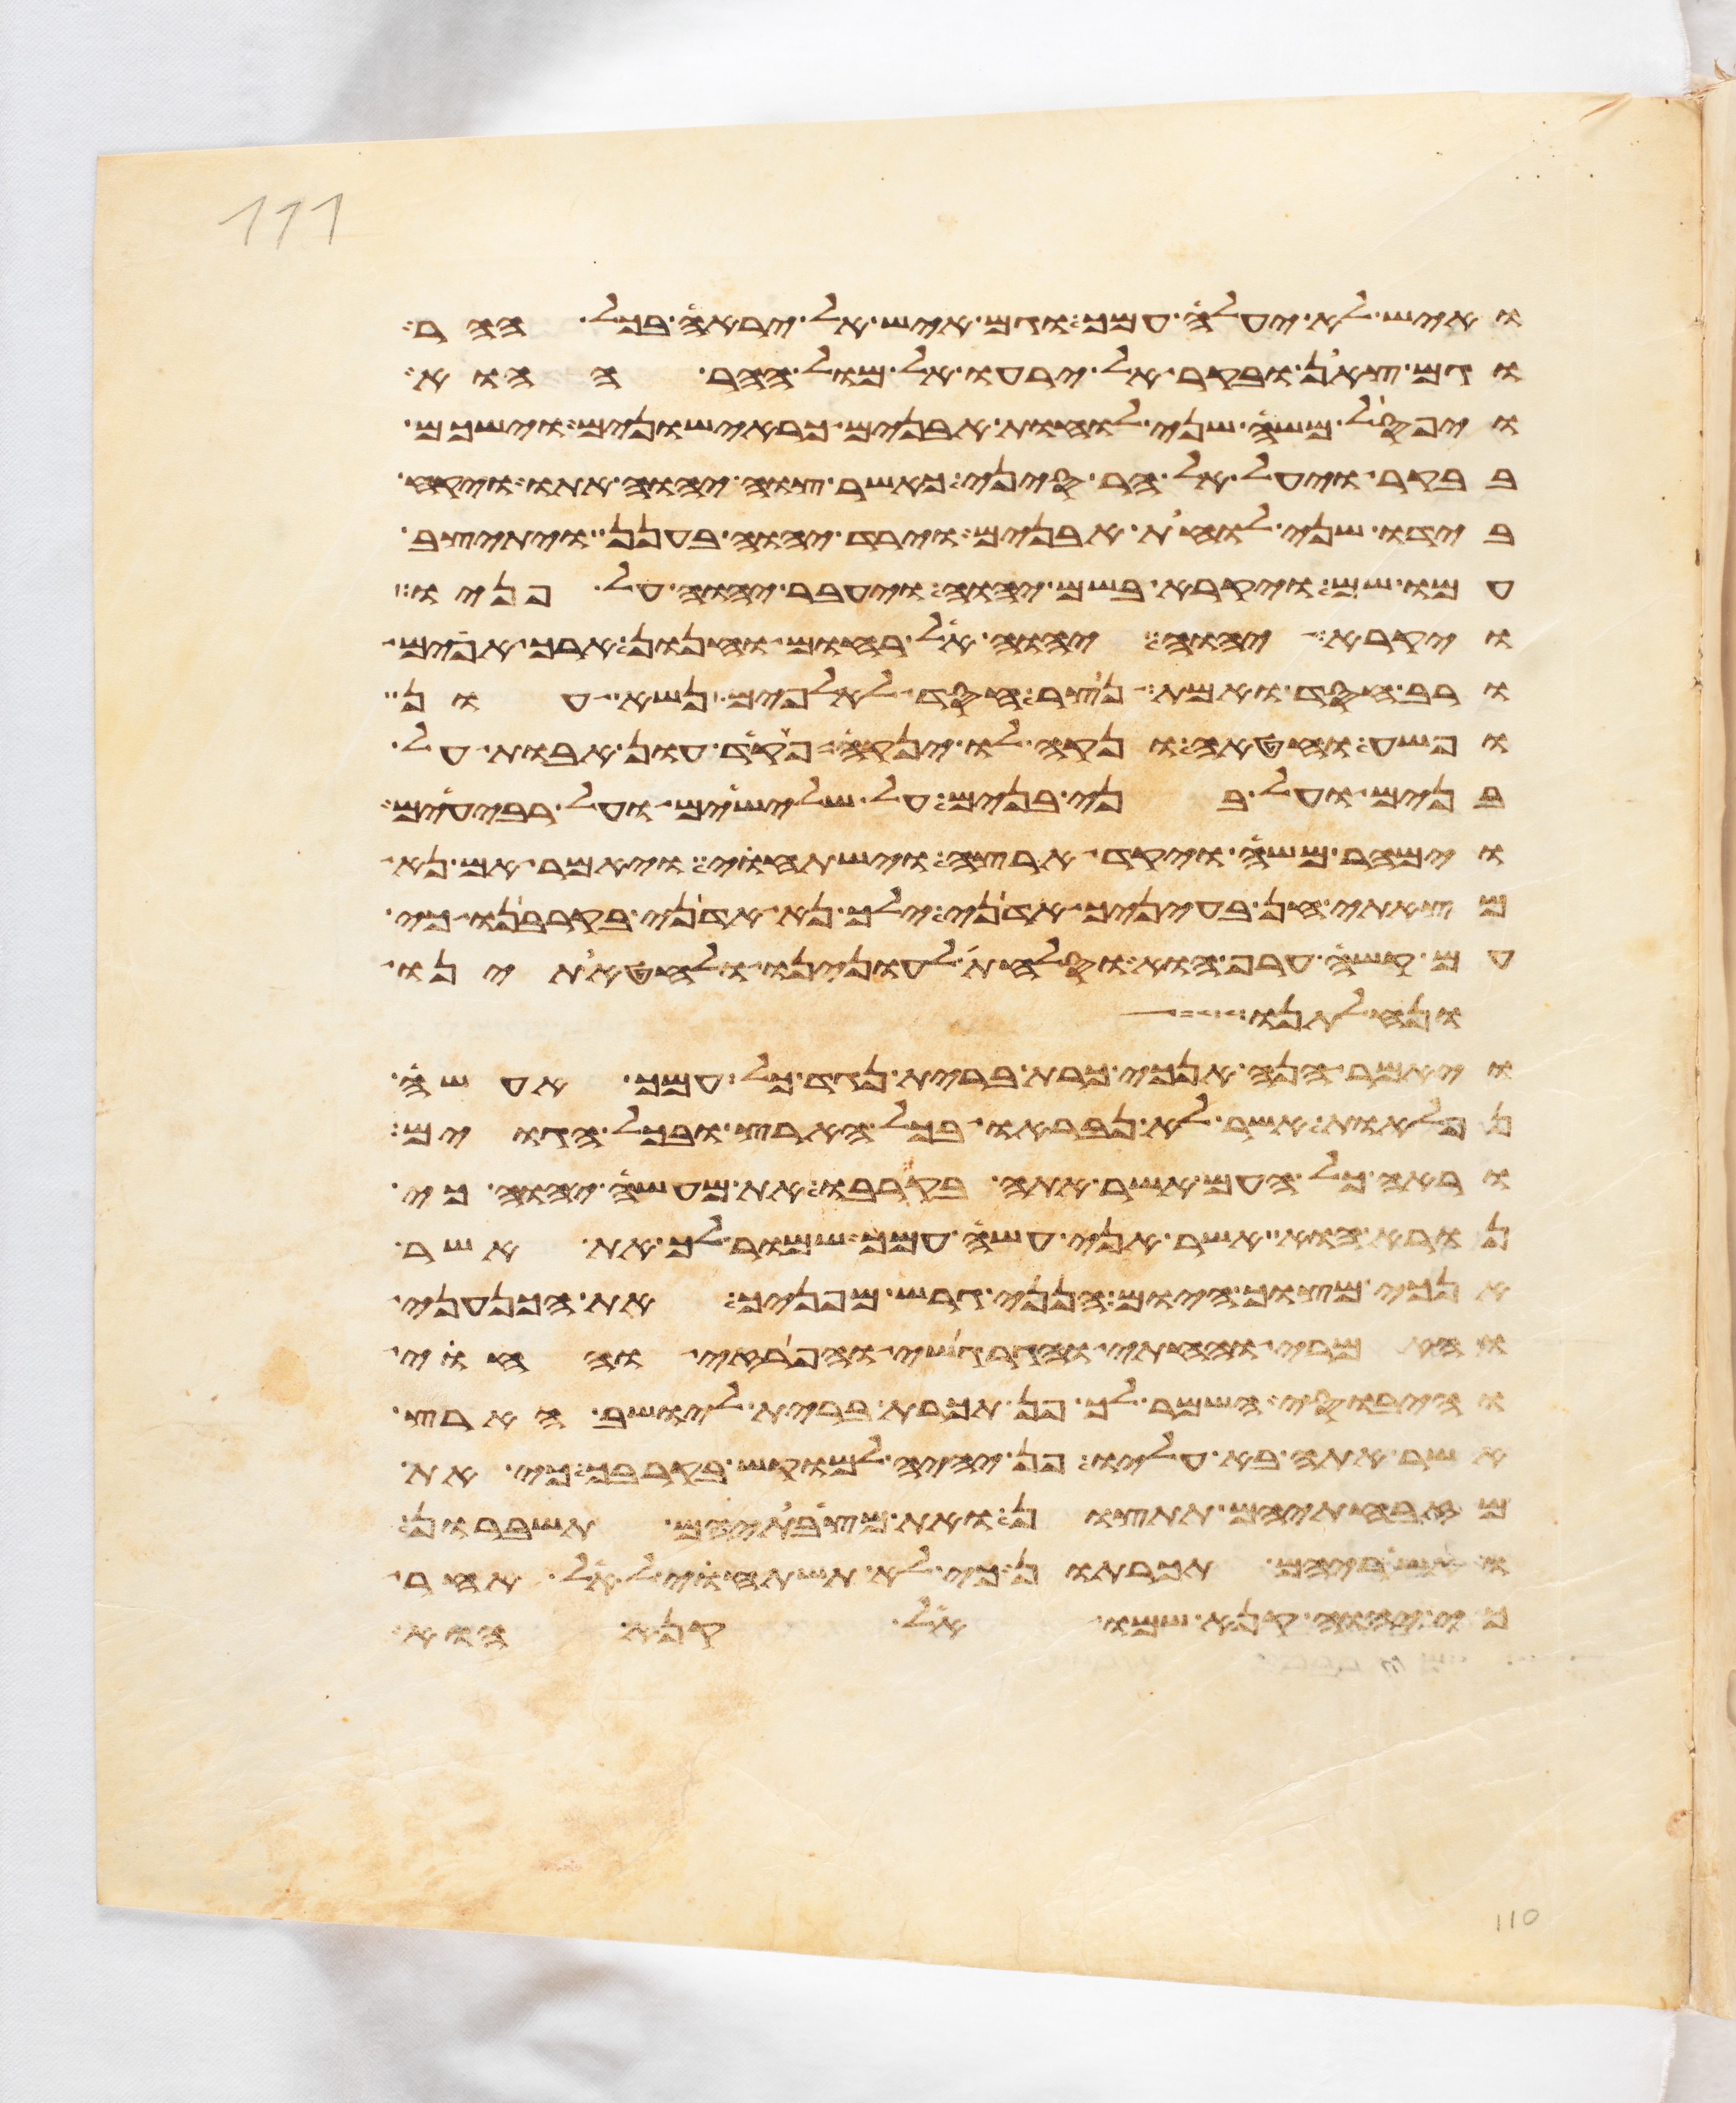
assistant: ואיש לא יעלה עמך וגם איש אל יראה בכל ההר
וגם צאן ובקר אל ירעו אל מול ההר ההוא
ויפסל משה שני לוחת אבנים כראישונים וישכם
בבקר ויעל אל הר סיני כאשר צוה יהוה אתו ויקח
בידו שני לוחת אבנים וירד יהוה בענן ויתיצב
עמו שם ויקרא בשם יהוה ויעבר יהוה על פניו
ויקרא יהוה יהוה אל רחום וחנון ארך אפים
ורב חסד ואמת נצר חסד לאלפים נשא עון
ופשע וחטאה ונקה לו ינקה פקד עון אבות על
בנים ועל בני בנים על שלישים ועל רביעים
וימהר משה ויקד ארצה וישתחוי ויאמר אם נא
מצאתי חן בעיניך אדני ילך נא אדני בקרבנו כי
עם קשה ערף הוא וסלחת לעוננו ולחטאתינו
ונחלתנו
ויאמר הנה אנכי כרת ברית נגד כל עמך אעשה
נפלאות אשר לא נבראו בכל הארץ ובכל הגוים
וראה כל העם אשר אתה בקרבו את מעשה יהוה כי
נורא הוא אשר אני עשה עמך שמור לך את אשר
אנכי מצוך היום הנני גרש מפניך את הכנעני
והאמרי והחתי והגרגשי והפרזי והחוי
והיבוסי השמר לך פן תכרת ברית ליושב הארץ
אשר אתה בא עליו פן יהיה למוקש בקרבך כי את
מזבחתיהם תתצון ומצבתיהם תשברון
ואשריהם תכרתון כי לא תשתחוי לאל אחר
כי יהוה קנא שמו אל קנא הוא